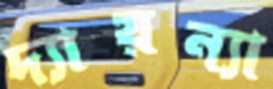
দ্যায়ন্যা